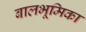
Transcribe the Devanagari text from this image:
बालभूमिका